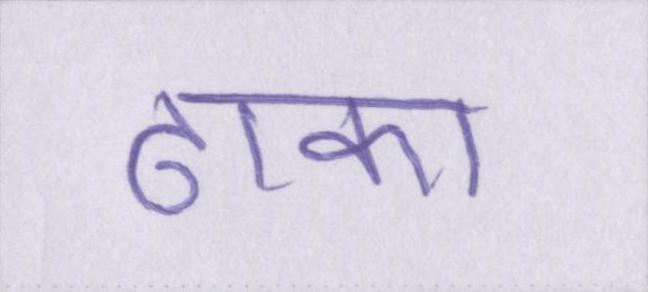
ढाका